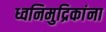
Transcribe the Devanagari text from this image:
ध्वनिमुद्रिकांना